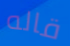
قاله